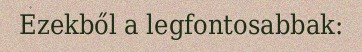
Ezekből a legfontosabbak: